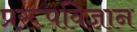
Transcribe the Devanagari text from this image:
प्ररूपविज्ञान